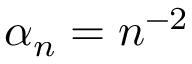
\alpha _ { n } = n ^ { - 2 }